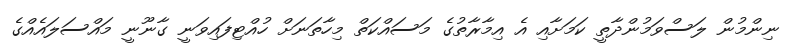
ނިންމުން ލަސްވަމުންދާތީ ކަމަށާއި އެ އިމާރާތުގެ މަސައްކަތް މިހާތަނަށް ހުއްޓިފައިވަނީ ގާނޫނީ މައްސަލައެއްގެ